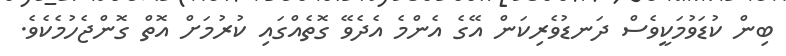
ބިން ކުޑަވުމަކީވެސް ދަނޑުވެރިކަން އޭގެ އެންމެ އެދެވޭ ގޮތެއްގައި ކުރުމަށް އޮތް ގޮންޖެހުމެކެވެ.